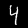
Digit: 4